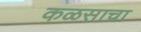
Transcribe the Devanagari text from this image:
कळसाचा